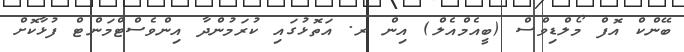
ބޭންކް އޮފް މޯލްޑިވްސް (ބީއެމްއެލް) އިން ރ. އަތޮޅުގައި ކުރަމުންދާ އިންވެސްޓްމަންޓް ފުޅާކޮށް